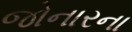
જોનારના